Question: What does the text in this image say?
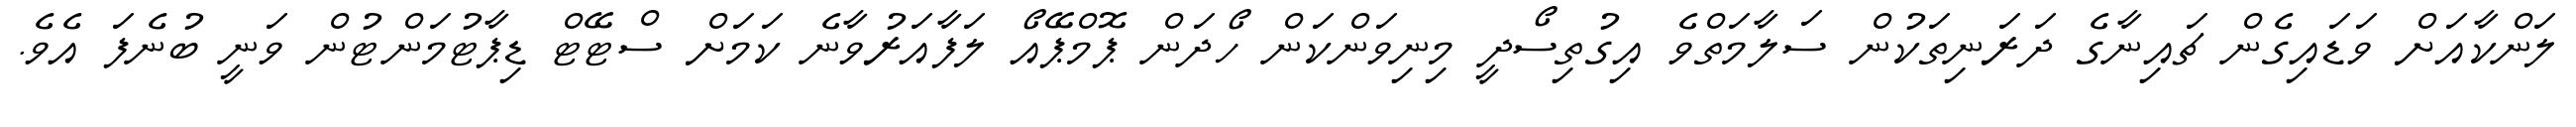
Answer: ލަންކާއަށް ވަޑައިގެން ޗައިނާގެ ދަރަނިތަކުން ސަލާމަތްވެ އިގުތިސޯދީ މިނިވަންކަން ހޯދަން ޕޮމްޕޭއޯ ލަފާއަރުވާނެ ކަމަށް ސްޓޭޓް ޑިޕާޓުމަންޓުން ވަނީ ބުނެފަ އެވެ.